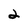
Character: 2